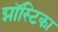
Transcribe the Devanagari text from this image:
ग्नॉस्टिका